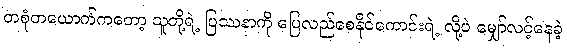
တစုံတယောက်ကတော့ သူတို့ရဲ့ ပြဿနာကို ပြေလည်စေနိုင်ကောင်းရဲ့ လို့ပဲ မျှော်လင့်နေခဲ့